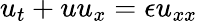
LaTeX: u_{t}+uu_{x}=\epsilon u_{xx}